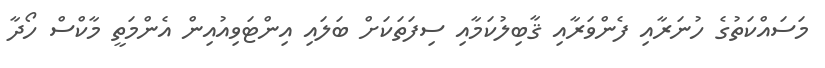
މަސައްކަތުގެ ހުނަރާއި ފެންވަރާއި ޤާބިލުކަމާއި ސިފަތަކަށް ބަލައި އިންޓަވިއުއިން އެންމަތީ މާކްސް ހޯދާ